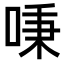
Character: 𠶏